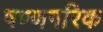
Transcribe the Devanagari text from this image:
षण्णगरिक